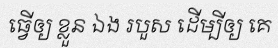
ធ្វើឲ្យ ខ្លួន ឯង របួស ដើម្បីឲ្យ គេ